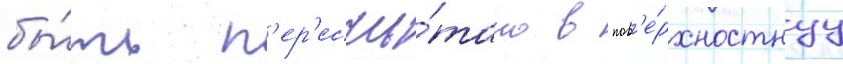
бы́ть п'ер'есчи́тано в пов'е́рхностнуу